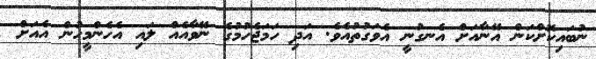
ނުބައިކޮށްކަން އޭނާއަށް އެނގުނީ އެވަގުތުއެވެ. އަދި ހަމަޖެހުމުގެ ނޭވާއެއް ލައި އެހެންމީހުން އެއަށް